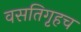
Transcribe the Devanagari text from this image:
वसतिगृहच